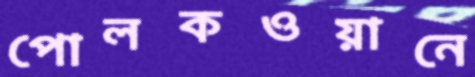
পোলকওয়ানে